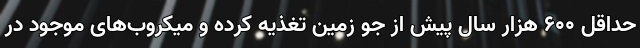
حداقل ۶۰۰ هزار سال پیش از جو زمین تغذیه کرده و میکروب‌های موجود در